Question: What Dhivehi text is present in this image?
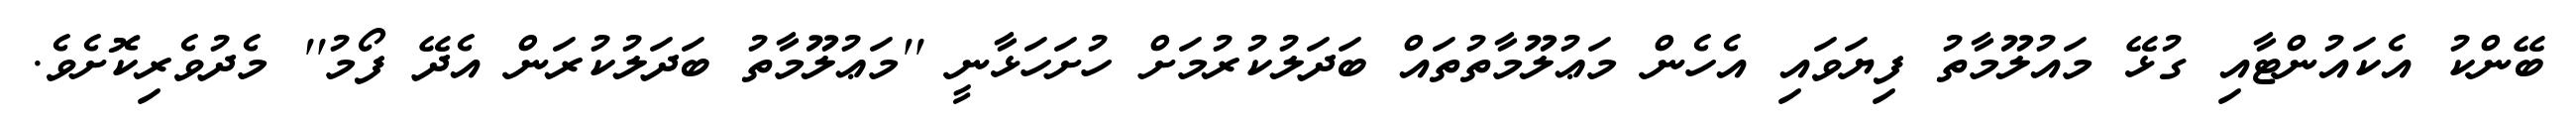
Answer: ބޭންކު އެކައުންޓާއި ގުޅޭ މައުލޫމާތު ފިޔަވައި އެހެން މަޢުލޫމާތުތައް ބަދަލުކުރުމަށް ހުށަހަޅާނީ ''މަޢުލޫމާތު ބަދަލުކުރަން އެދޭ ފޯމު'' މެދުވެރިކޮށެވެ.